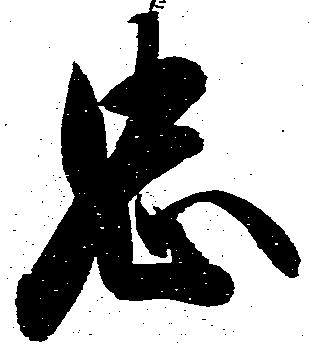
忠